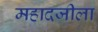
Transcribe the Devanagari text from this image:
महादजीला